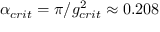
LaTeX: \alpha _ { c r i t } = \pi / g _ { c r i t } ^ { 2 } \approx 0 . 2 0 8